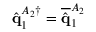
\hat { \mathbf { q } } _ { 1 } ^ { A _ { 2 } \dagger } = \overline { { \hat { \mathbf { q } } } } _ { 1 } ^ { A _ { 2 } }